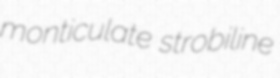
monticulate strobiline